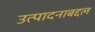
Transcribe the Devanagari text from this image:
उत्पादनाबद्दल